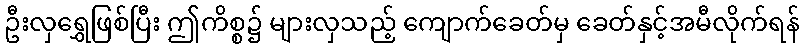
ဦးလှရွှေဖြစ်ပြီး ဤကိစ္စ၌ များလှသည့် ကျောက်ခေတ်မှ ခေတ်နှင့်အမီလိုက်ရန်